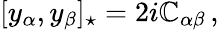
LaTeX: [y_{\alpha},y_{\beta}]_{\star}=2i\mathbb{C}_{\alpha\beta}\, ,